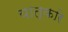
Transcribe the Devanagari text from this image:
यात्कारे